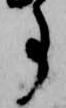
事